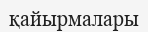
қайырмалары